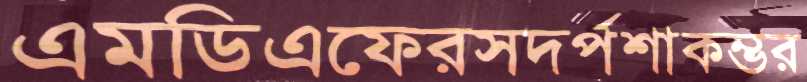
এমডিএফেরসদর্পশাকম্ভর